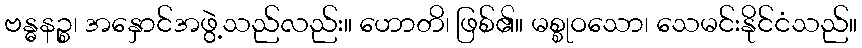
ဗန္ဓနဉ္စ၊ အနှောင်အဖွဲ့သည်လည်း။ ဟောတိ၊ ဖြစ်၏။ မစ္စုဝသော၊ သေမင်းနိုင်ငံသည်။